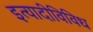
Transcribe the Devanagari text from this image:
इत्यादीविविध